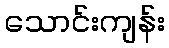
သောင်းကျန်း